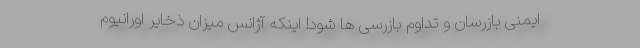
ایمنی بازرسان و تداوم بازرسی ها شود! اینکه آژانس میزان ذخایر اورانیوم